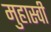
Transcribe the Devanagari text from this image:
मुहास्वी